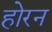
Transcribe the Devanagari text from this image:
होरन